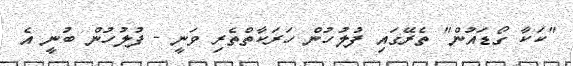
"ކަކާ ގޯޑައުން" ތެރޭގައި ފުލުހުން ހަރަކާތްތެރި ވަނީ - ފުލުހުން ބުނީ އެ